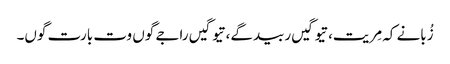
زُبانے کہ مِریت، تیوگیں ربیدگے، تیوگیں راجے گوں وت بارت گوں۔